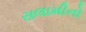
સલામીનો